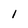
Character: I